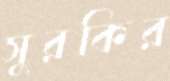
সুরকির